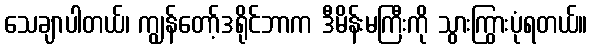
သေချာပါတယ်၊ ကျွန်တော့်ဒရိုင်ဘာက ဒီမိန်းမကြီးကို သွားကြွားပုံရတယ်။